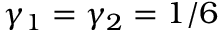
\gamma _ { 1 } = \gamma _ { 2 } = 1 / 6